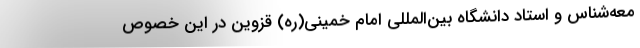
معه‌شناس و استاد دانشگاه بین‌المللی امام خمینی(ره) قزوین در این خصوص